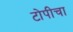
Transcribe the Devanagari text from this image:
टोपीचा